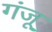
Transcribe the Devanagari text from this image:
गंजू